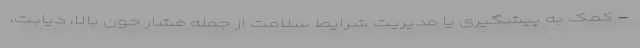
- کمک به پیشگیری یا مدیریت شرایط سلامت از جمله فشار خون بالا، دیابت،